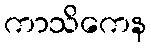
ကာသိကေန